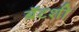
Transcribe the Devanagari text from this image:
बॅटशी